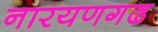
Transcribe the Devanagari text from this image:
नारयणगढ